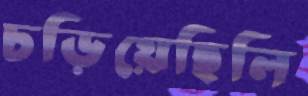
চড়িয়েছিলি